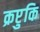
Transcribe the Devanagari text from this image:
क्रप्टुकि